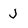
Character: j